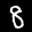
Label: 8